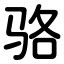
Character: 骆